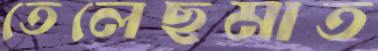
তেলেছমাত